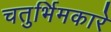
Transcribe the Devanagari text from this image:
चतुर्भिमकारे